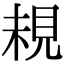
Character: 䙿